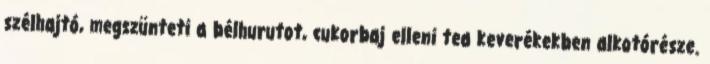
szélhajtó, megszünteti a bélhurutot, cukorbaj elleni tea keverékekben alkotórésze.